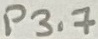
Text: P3.7